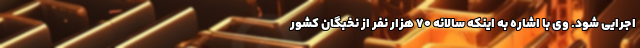
اجرایی شود. وی با اشاره به اینکه سالانه ۷۰ هزار نفر از نخبگان کشور